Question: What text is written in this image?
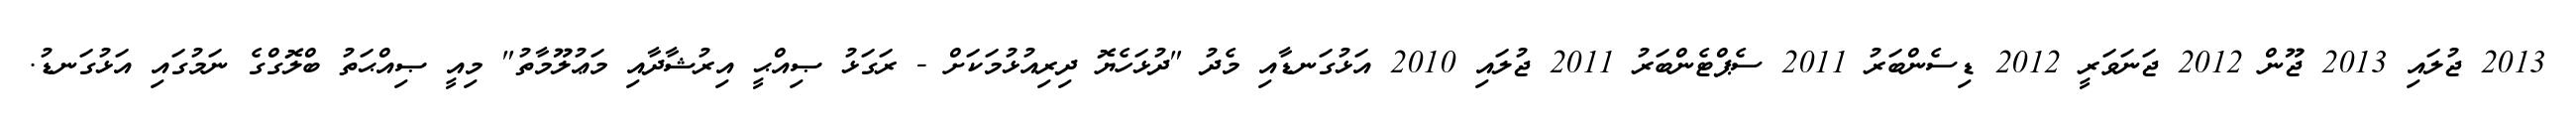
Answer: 2013 ޖުލައި 2013 ޖޫން 2012 ޖަނަވަރީ 2012 ޑިސެންބަރު 2011 ސެޕްޓެންބަރު 2011 ޖުލައި 2010 އަޅުގަނޑާއި މެދު "ދުޅަހެޔޮ ދިރިއުޅުމަކަށް - ރަގަޅު ޞިއްޙީ އިރުޝާދާއި މަޢުލޫމާތު" މިއީ ޞިއްޙަތު ބްލޮގްގެ ނަމުގައި އަޅުގަނޑު.